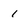
Character: 1